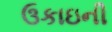
ઉકાઇની